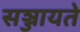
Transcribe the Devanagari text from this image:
सञ्जायते